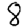
Digit: 8